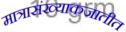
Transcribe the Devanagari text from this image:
मात्रासंख्याकजातीत